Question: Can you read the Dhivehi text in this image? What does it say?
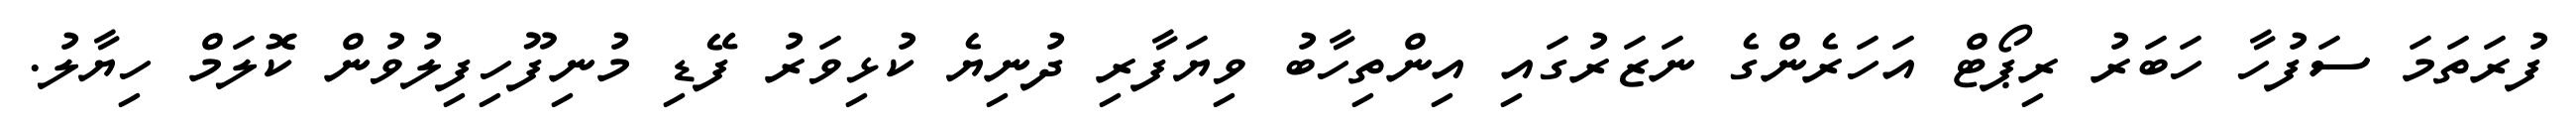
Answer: ފުރަތަމަ ސަފުހާ ހަބަރު ރިޕޯޓް އަހަރެންގެ ނަޒަރުގައި އިންތިހާބު ވިޔަފާރި ދުނިޔެ ކުޅިވަރު ފޭޑި މުނިފޫހިފިލުވުން ކޮލަމް ހިޔާލު.